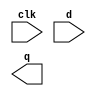
module my_dff ( input clk, input d, output q );
endmodule

//D flip-flop D
module top_module(
    input clk, d,
    output q
);
    wire q1, q2;
    my_dff dff_1(
        .clk(clk),
        .d(d),
        .q(q1)
    );

    my_dff dff_2(
        .clk(clk),
        .d(q1),
        .q(q2)
    );

    my_dff dff_3(
        .clk(clk),
        .d(q2),
        .q(q)
    );

endmodule